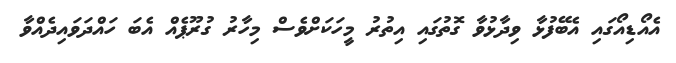
އެއޯޑިއޯގައި އެބޭފުޅާ ވިދާޅުވާ ގޮތުގައި އިތުރު މީހަކަށްވެސް މިހާރު ގުރޫޕެއް އެބަ ހައްދަވައިދެއްވާ